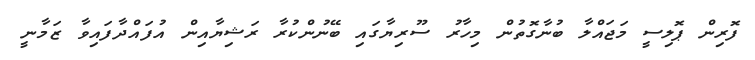
ފޮރިން ޕޮލިސީ މަޖައްލާ ބުނާގޮތުން މިހާރު ސޫރިޔާގައި ބޭނުންކުރާ ރަޝިޔާއިން އުފައްދާފައިވާ ޒަމާނީ